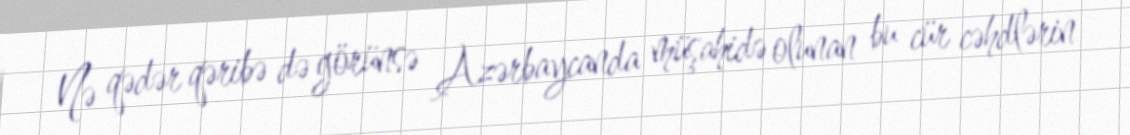
Nə qədər qəribə də görünsə Azərbaycanda müşahidə olunan bu cür cəhdlərin